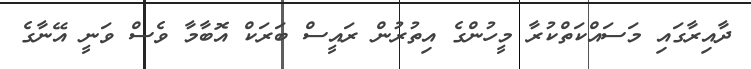
ދާއިރާގައި މަސައްކަތްކުރާ މީހުންގެ އިތުރުން ރައީސް ބަރަކް އޮބާމާ ވެސް ވަނީ އޭނާގެ